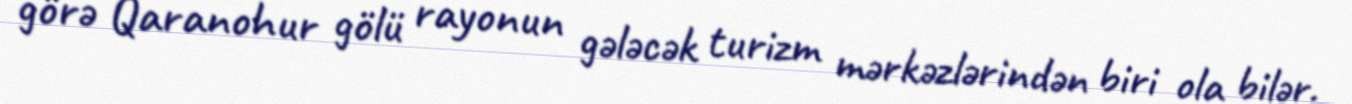
görə Qaranohur gölü rayonun gələcək turizm mərkəzlərindən biri ola bilər.